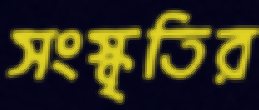
সংস্কৃতির